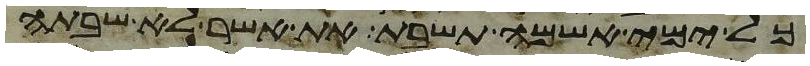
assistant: כל ימי אשמה תשבת את אשר לא שבתה